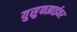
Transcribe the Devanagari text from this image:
युसुफझाईवर